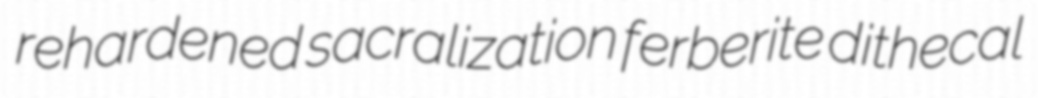
rehardened sacralization ferberite dithecal